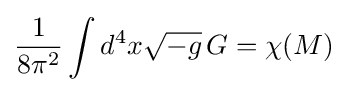
{\frac {1}{8\pi ^{2}}}\int d^{4}x{\sqrt {-g}}\,G=\chi (M)